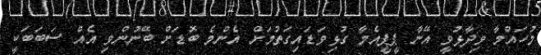
މުހައްމާ ވިދާޅުވީ އޭނާ ޕީޕީއެމާ ގުޅިވަޑައިގަތުމަށް އެންމެ ބޮޑަށް ބޭނުންވި އެއް ސަބަބަކީ